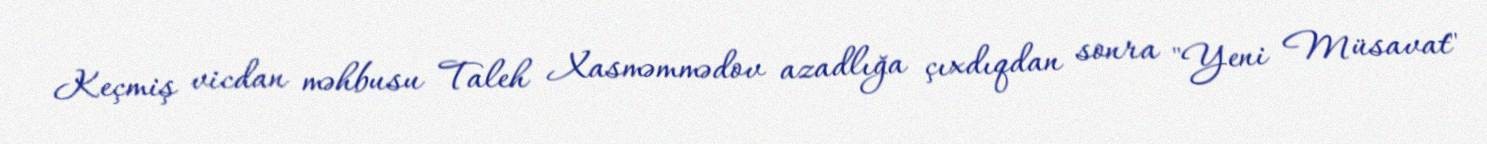
Keçmiş vicdan məhbusu Taleh Xasməmmədov azadlığa çıxdıqdan sonra "Yeni Müsavat"